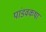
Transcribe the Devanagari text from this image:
पांडवकथा